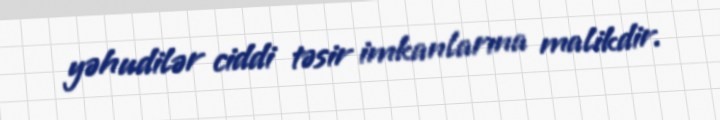
yəhudilər ciddi təsir imkanlarına malikdir.